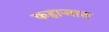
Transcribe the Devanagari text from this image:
कहाजात